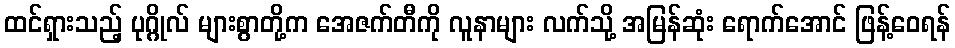
ထင်ရှားသည့် ပုဂ္ဂိုလ် များစွာတို့က အေဇက်တီကို လူနာများ လက်သို့ အမြန်ဆုံး ရောက်အောင် ဖြန့်ဝေရန်